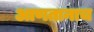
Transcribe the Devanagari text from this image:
आणतानाच